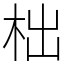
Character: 柮